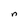
Character: n